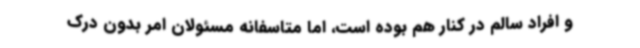
و افراد سالم در کنار هم بوده است، اما متاسفانه مسئولان امر بدون درک